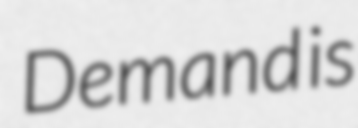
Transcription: Demand is